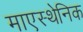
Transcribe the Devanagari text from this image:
माएस्थेनिक